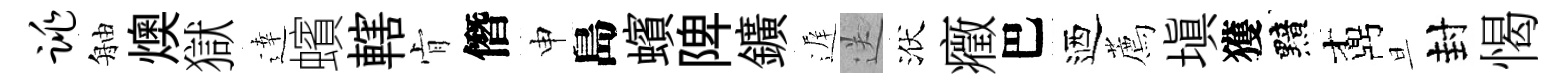
跳舳燠獄逹蠙轄肻僭申島蠙陴鑛遅送洑癥巴迺薦塡獲黯鼒旦封愒